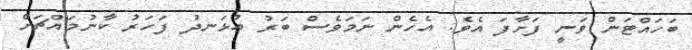
ބަހައްޓަން ވަނީ ފަށާފަ އެވެ. އެހެން ނަމަވެސް ބަރު އުޅަނދު ފަހަރު ކާނުމައްޗަށް